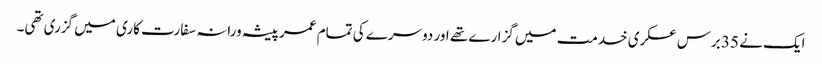
ایک نے 35 برس عسکری خدمت میں گزارے تھے اور دوسرے کی تمام عمر پیشہ ورانہ سفارت کاری میں گزری تھی۔